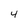
Character: 4